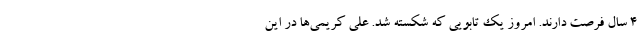
4 سال فرصت دارند. امروز یک تابویی که شکسته شد. علی کریمی‌ها در این